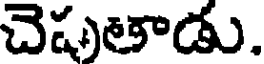
చెపుతాడు.